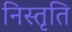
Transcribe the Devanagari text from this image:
निस्तृति